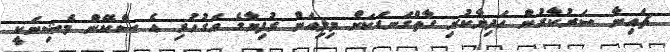
ޗައިނާ ސަރުކާރުން ހަދިޔާކުރި ގާތްގަނޑަކަށް މިލިއަން ރުފިޔާގެ އަގުހުރި އެ ސްކޭން މެޝިނަކީ